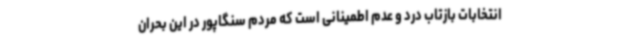
انتخابات بازتاب درد و عدم اطمینانی است که مردم سنگاپور در این بحران